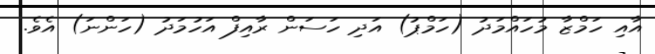
އާއި ހަމްޒާ މުހައްމަދު (ހަމްޕު) އަދި ހަސަން ރާއިފް އަހުމަދު (ހަންނަ) އެވެ.